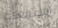
إستمعت